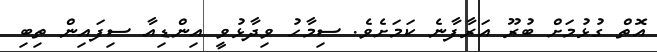
އޮތް ގުޅުމަށް ބުރޫ އަރާފާނެ ކަމަށެވެ. ސިމާހު ވިދާޅުވީ އިންޑިއާ ސިފައިން ތިބި